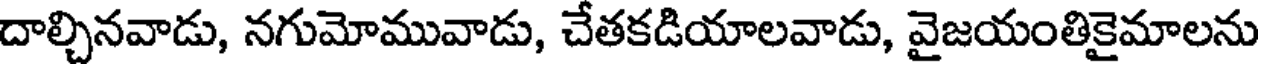
దాల్చినవాడు, నగుమోమువాడు, చేతకడియాలవాడు, వైజయంతికైమాలను